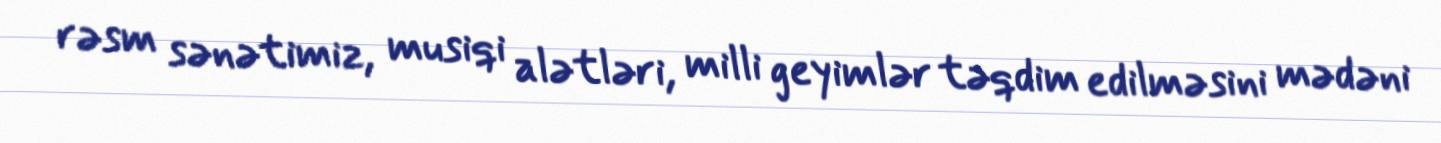
rəsm sənətimiz, musiqi alətləri, milli geyimlər təqdim edilməsini mədəni